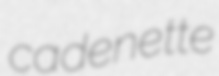
cadenette